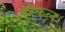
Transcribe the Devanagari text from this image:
बरकल